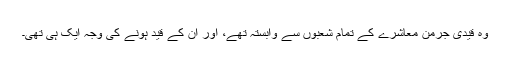
وہ قیدی جرمن معاشرے کے تمام شعبوں سے وابستہ تھے، اور ان کے قید ہونے کی وجہ ایک ہی تھی۔